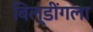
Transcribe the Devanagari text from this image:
बिल्डींगला